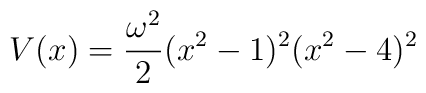
V(x) = {{\omega^2 } \over {2}}  (x^2 - 1)^2 (x^2 - 4)^2